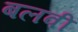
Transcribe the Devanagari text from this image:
बलवी